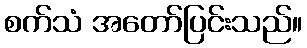
စက်သံ အတော်ပြင်းသည်။